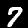
Digit: 7